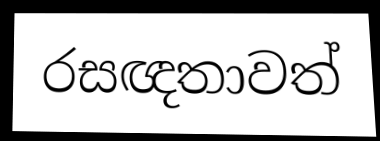
රසඥතාවත්